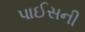
પાઈસની